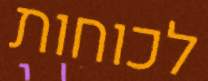
לכוחות